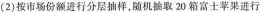
(2)按市场份额进行分层抽样，随机抽取20箱富士苹果进行